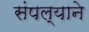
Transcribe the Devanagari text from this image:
संपल्‍याने